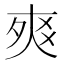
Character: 𤕡